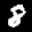
Label: 8